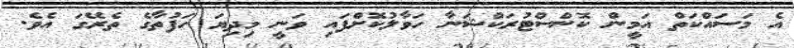
އެ މަސައްކަތް އަމީން ކޮންސްޓުރަކްޝަނާ ހަވާލުކޮށްފައި ވަނީ މިދިޔަ ހަފުތާގެ ތެރޭގަ އެވެ.